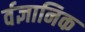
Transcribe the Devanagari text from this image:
र्वज्ञानिक